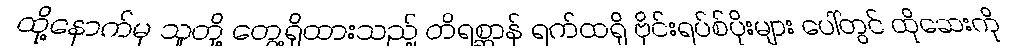
ထို့နောက်မှ သူတို့ တွေ့ရှိထားသည့် တိရစ္ဆာန် ရက်ထရို ဗိုင်းရပ်စ်ပိုးများ ပေါ်တွင် ထိုဆေးကို